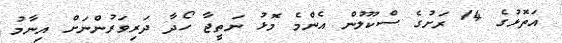
އަތޮޅުގެ 14 ރަށުގެ ސްކޫލުން އެންމެ މޮޅު ނަތީޖާ ހޯދާ ދަރިވަރުންނަށް އިނާމު